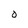
Character: O